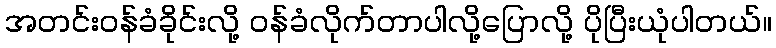
အတင်းဝန်ခံခိုင်းလို့ ဝန်ခံလိုက်တာပါလို့ပြောလို့ ပိုပြီးယုံပါတယ်။